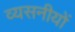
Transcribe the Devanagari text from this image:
व्यसनीयों